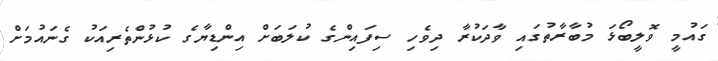
ގައުމީ ވޮލީބޯޅަ މުބާރާތުގައި ވާދަކުރާ ދިވެހި ސިފައިންގެ ކުލަބަށް އިންޑިޔާގެ ކުޅުންތެރިއަކު ގެނައުމަށް